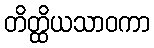
တိတ္ထိယသာဝကာ